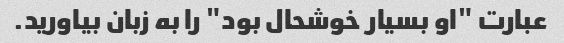
عبارت "او بسیار خوشحال بود" را به زبان بیاورید.